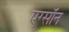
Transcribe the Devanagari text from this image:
एग्सॉन